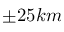
\pm 2 5 k m